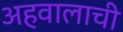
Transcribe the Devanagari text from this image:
अहवालाची